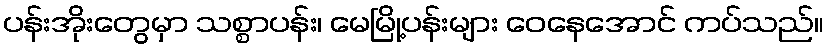
ပန်းအိုးတွေမှာ သစ္စာပန်း၊ မေမြို့ပန်းများ ဝေနေအောင် ကပ်သည်။